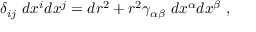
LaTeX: \delta _ { i j } ~ d x ^ { i } d x ^ { j } = d r ^ { 2 } + r ^ { 2 } \gamma _ { \alpha \beta } ~ d x ^ { \alpha } d x ^ { \beta } ~ ,